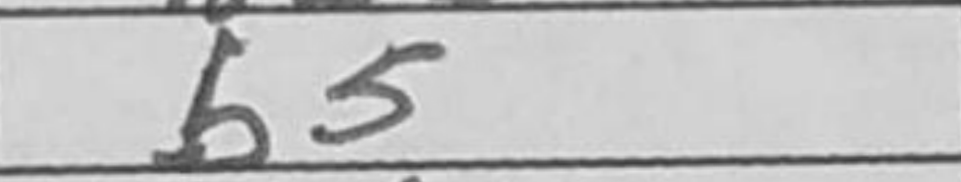
Transcription: b5